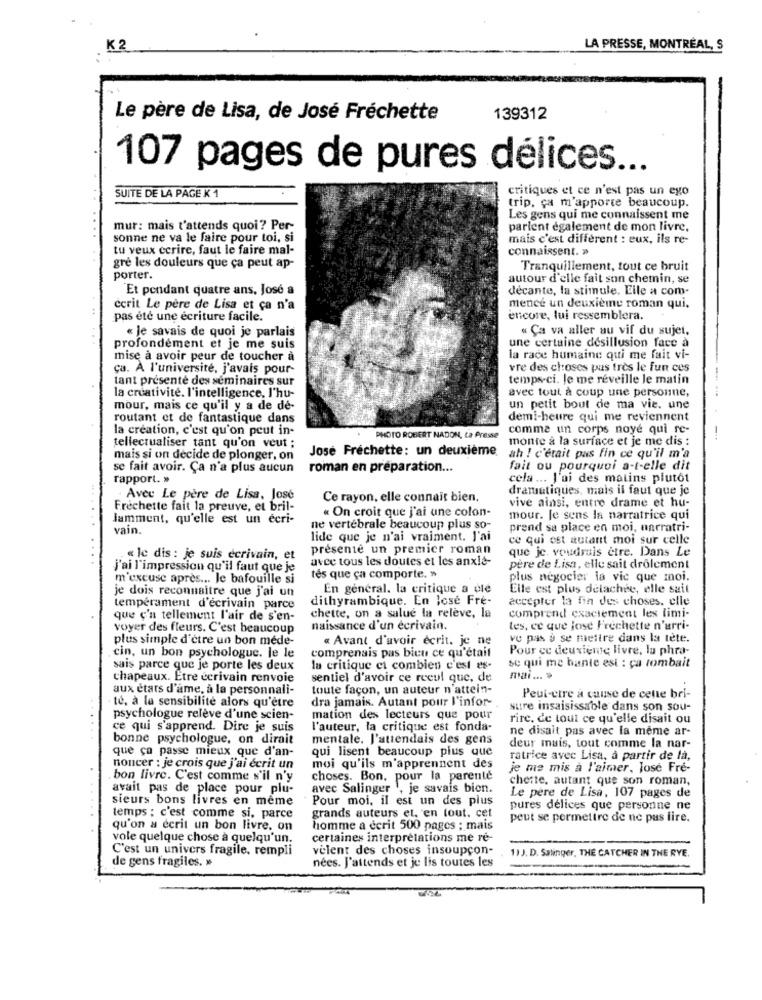
K 2
LA PRESSE, MONTRÉAL, S
Le père de Lisa, de José Fréchette
139312
107 pages de pures délices ...
critiques et ce n'est pas un ego
SUITE DE LA PAGE K 1
trip, ça m'apporte beaucoup.
Les gens qui me connaissent me
...
mur: mais t'attends quoi? Per-
parlent également de mon livre.
sonne ne va le faire pour toi, si
mais c'est different : eux, ils re-
tu veux ecrire, faut le faire mal-
connaissent. »
gré les douleurs que ça peut ap-
Tranquillement, tout ce bruit
porter.
autour d'elle fait son chemin, se
Et pendant quatre ans, José a
decante, la stimule. Eile a com-
écrit Le père de Lisa et ça n'a
mence un deuxième roman qui,
pas été une écriture facile.
encore, lui ressemblera.
« Je savais de quoi je parlais
« Ça va aller au vif du sujet.
une certaine desillusion face à
profondément et je me suis
mise à avoir peur de toucher à
la race humaine qui me fait vi-
ca. A l'université, j'avais pour-
vre des choses pus très le fun ces
tant présenté des séminaires sur
temps-ci. Je me réveille le matin
avec tout à coup une personne,
la creativite. l'intelligence, l'hu-
mour, mais ce qu'il y a de de-
un petit bout de ma vie. une
routant et de fantastique dans
demi-heure qui me reviennent
la creation, c'est qu'on peut in-
comme un corps noye qui re-
tellectualiser tant qu'on veut ;
PHOTO ROBERT NADON, La Presse
monte à la surface et je me dis :
Jose Fréchette: un deuxième.
ah ! c'était pas fin ce qu'il m'a
mais si on decide de plonger, on
se fait avoir. Ça n'a plus aucun
roman en préparation ...
fait ou pourquoi a-t-elle dit
rapport. »
cela ... J'ai des matins plutôt
dramatiques, mais il faut que je
. Avec Le père de Lisa, Jose
Ce rayon, elle connait bien.
Frechette fait la preuve, et bril-
« On croit que j'ai une colon-
vive ainsi, entre drame et hu-
Jamment, qu'elle est un ecri-
mour. Je sens la narratrice qui
vain.
ne vertébrale beaucoup plus so-
prend sa place en moi, narratri-
lide que je n'ai vraiment. J'ai
ce qui est autant moi sur celle
presente un premier roman
que je. voudrais etre. Dans Le
« le dis : je suis écrivain, et
avec tous les doutes et les anxie-
j'ai l'impression qu'il faut que je
père de Lisa, elle sait drôlement
m'excuse après ... Je bafouille si
tés que ça comporte. »
plus negocier la vic que moi.
je dois reconnaitre que j'ai un
En général. la critique a úle
Elle est plus delachee, elle sait
dithyrambique. En lose Fre-
accepter la fin des choses. elle
tempérament d'écrivain parce
que ç'a tellement l'air de s'en-
chette, on a salué la relève, la
comprend exactement les limi-
voyer des fleurs. C'est beaucoup
naissance d'un écrivain.
les, ce que jose Frechette n'arri-
plus simple d'être un bon méde-
« Avant d'avoir écrit. je ne
ve pas à se mettre dans la tête.
comprenais pas bien ce qu'était
Pour ce deuxieme livre, lu phra-
cin, un bon psychologue. le le
sais parce que je porte les deux
la critique et combien c'est es-
se qui me bante est : ça tombait
chapeaux. Etre écrivain renvoie
sentiel d'avoir ce recul que, de
mai ... .
aux états d'âme, à la personnali-
toute facon, un auteur n'attein-
dra jamais. Autant pour l'infor-
Peut-cire à cause de cette bri-
. te, à la sensibilité alors qu'etre
sure insaisissable dans son sou-
psychologue relève d'une scien-
mation des lecteurs que pour
rire, de tout ce qu'elle disait ou
ce qui s'apprend. Dire je suis
l'auteur, la critique est fonda-
ne disait pas avec la même ar-
bonne psychologue, on dirait
mentale. J'attendais des gens
que ça passe mieux que d'an-
qui lisent beaucoup plus que
deur muis, tout comme la nar-
ratrice avec Lisa, à partir de là,
noncer : je crois que j'ai écrit un
moi qu'ils m'apprennent des
je me mis à l'aimer. Jose Fre-
bon livre. C'est comme s'il n'y
choses. Bon, pour la parente
cheste, autant que son roman,
avait pas de place pour plu-
avec Salinger ', je savais bien.
sieurs bons livres en même
Pour moi, il est un des plus
Le pere de Lisa, 107 pages de
pures délices que personne ne
temps ; c'est comme si, parce
grands auteurs et, en tout. cet
peut se permettre de ne pas lire.
qu'on a écrit un bon livre. on
homme a écrit 500 pages ; mais
vole quelque chose à quelqu'un.
certaines interprétations me re-
C'est un univers fragile, rempli
velent des choses insoupçon-
1) J. D. Salinger, THE CATCHER IN THE RYE.
de gens fragiles. »
nées. J'attends et je lis toutes les